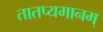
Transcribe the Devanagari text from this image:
तातप्यमानम्